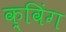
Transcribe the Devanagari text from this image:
क़्विंग